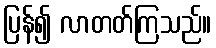
ပြန်၍ လာတတ်ကြသည်။